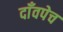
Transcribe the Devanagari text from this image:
दाँवपेच